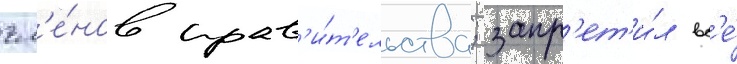
чл'е́нов прав'и́т'ельства; запр'ет'и́л вс'е́